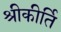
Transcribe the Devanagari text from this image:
श्रीकीर्ति